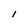
Character: l